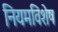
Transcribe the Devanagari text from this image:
नियमविशेष